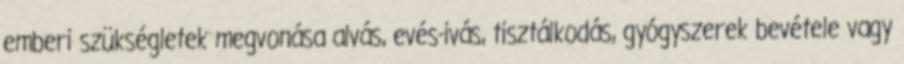
emberi szükségletek megvonása alvás, evés-ivás, tisztálkodás, gyógyszerek bevétele vagy